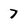
Character: 7